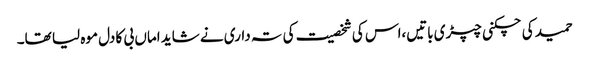
حمید کی چکنی چپڑی باتیں،اس کی شخصیت کی تہ داری نے شاید اماں بی کا دل موہ لیا تھا۔